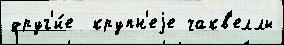
друг'и́е  крупн'еjе чакв'еллы